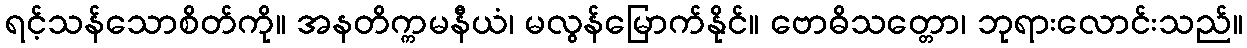
ရင့်သန်သောစိတ်ကို။ အနတိက္ကမနီယံ၊ မလွန်မြောက်နိုင်။ ဗောဓိသတ္တော၊ ဘုရားလောင်းသည်။